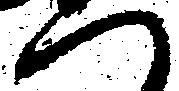
一